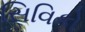
સિવિકો